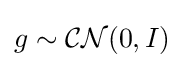
g\sim {\mathcal {CN}}(0,I)